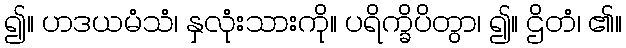
၍။ ဟဒယမံသံ၊ နှလုံးသားကို။ ပရိက္ခိပိတွာ၊ ၍။ ဌိတံ၊ ၏။